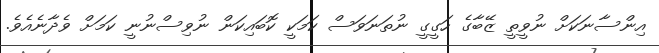
އިންސާނަކަށް ނުވީތީ ޒޭބާގެ ހަގީގީ ނުތަނަވަސް ކަމަކީ ކޮބައިކަން ނުވިސްނުނީ ކަމަށް ވެދާނެއެވެ.